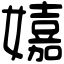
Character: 𡣗